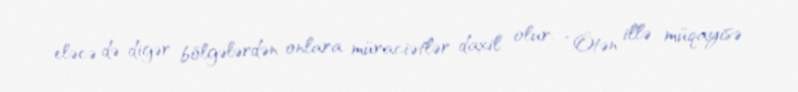
eləcə də digər bölgələrdən onlara müraciətlər daxil olur: “Ötən illə müqayisə